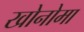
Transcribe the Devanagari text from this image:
खोनोमा